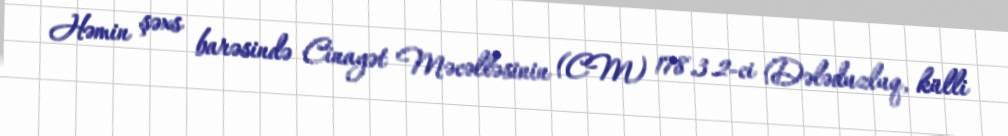
Həmin şəxs barəsində Cinayət Məcəlləsinin (CM) 178.3.2-ci (Dələduzluq, külli